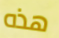
هذه